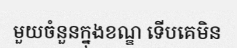
មួយចំនួនក្នុងខណ្ឌ ទើបគេមិន